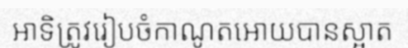
អាទិត្រូវរៀបចំកាណូតអោយបានស្អាត